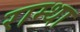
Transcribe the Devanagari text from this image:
राम्था